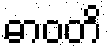
ဓာဝတိ